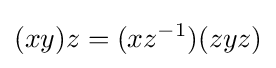
(xy)z=(xz^{-1})(zyz)